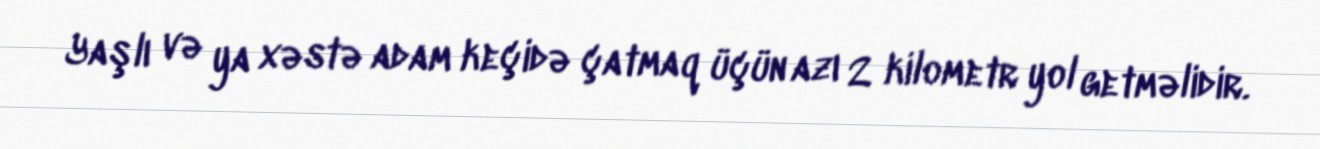
Yaşlı və ya xəstə adam keçidə çatmaq üçün azı 2 kilometr yol getməlidir.